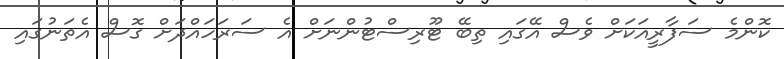
ކޮންމެ ސަފާރީއަކަށް ވެސް އޭގައި ތިބޭ ޓޫރިސްޓުންނަށް އެ ސަރަހައްދަށް ގޮސް އެތަނުގައި